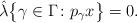
LaTeX: \begin{align*} \hat{\lambda}\bigl\{\gamma\in\Gamma\colon p_{\gamma}x\bigr\}=0.\end{align*}